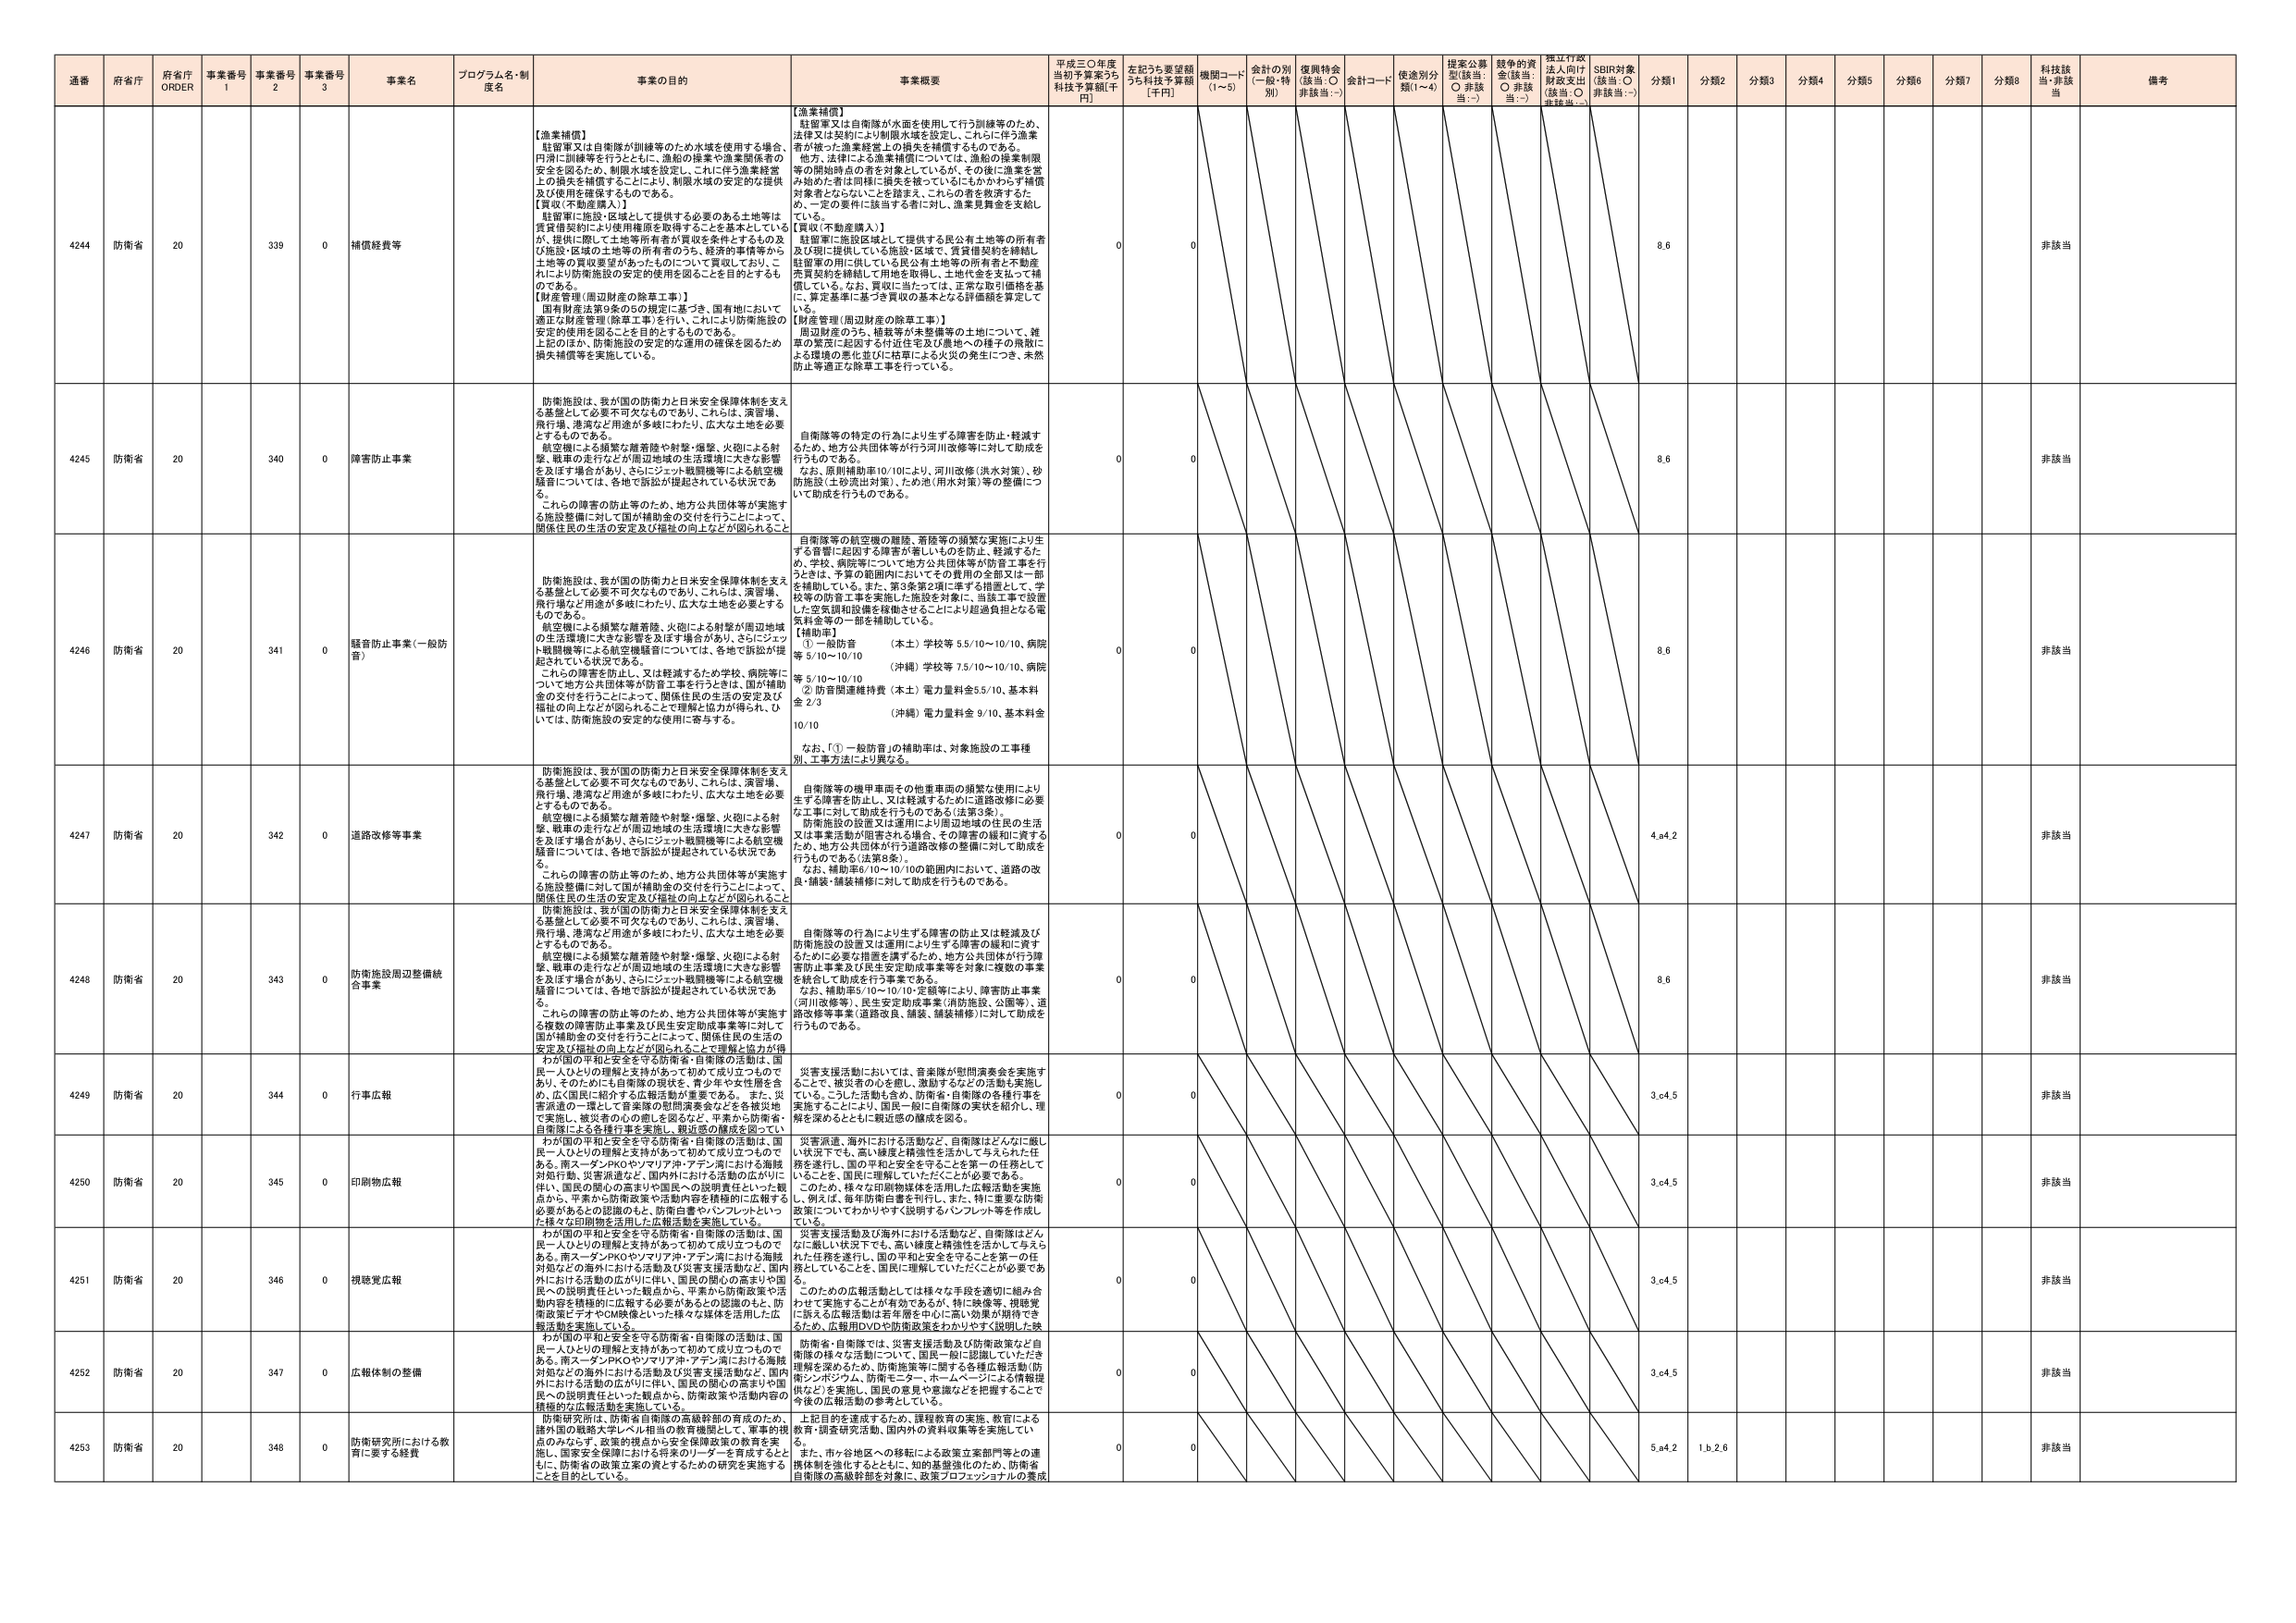
通番 府省庁 府省庁 ORDER 事業番号 1 事業番号 2 事業番号 3 事業名 プログラム名・制度名 事業の目的 事業概要 平成三〇年度当初予算案うち 科技予算額[千円] 左記うち要望額うち科技予算額 [千円] 機関コード (1～5) 会計の別 (一般・特別) 復興特会 (該当：○ 非該当：-) 会計コード 使途別分類(1～4) 提案公募型(該当：○ 非該当：-) 競争的資金(該当：○ 非該当：-) 捏江行政法上向け財政支出(該当：○ 非該当：-) SDBI対象(該当：○ 非該当：-) 分類1 分類2 分類3 分類4 分類5 分類6 分類7 分類8 科技該当・非該当 備考

4244 防衛省 20 339 0 補償経費等 【漁業補償】 軽迎軍又は自衛隊が訓練等のため水域を使用する場合、 円滑に訓練等を行うとともに、漁船の操業や漁業関係者の 安全を図るため、制限水域を設定し、これに伴う漁業経営 上の損失を補償することにより、制限水域の安定的な提供 及び使用を確保するものである。 【買収(不動産購入)】 駐留軍に施設・区域として提供する必要のある土地等は 賃貸借契約により使用権原を取得することを基本としている が、提供に際して土地等所有者が買収を条件とするもの及 び施設・区域の土地等が所有者のうち、経済的事情等から 土地等の買収要望があったものについて買収しており、こ れにより防衛施設の安定的使用を図ることを目的とするも のである。 【財産管理(周辺財産の除草工事)】 国有財産法第8条の5の規定に基づき、国有地において 適正な財産管理(除草工事)を行い、これにより防衛施設の 安定的使用を図ることを目的とするものである。 上記のほか、防衛施設の安定的な運用の確保を図るため 損失補償等を実施している。 【漁業補償】 駐留軍又は自衛隊が水面を使用して行う訓練等のため、 法律又は契約により制限水域を設定し、これに伴う漁業 者が被った漁業経営上の損失を補償するものである。 他方、法律による漁業補償については、漁船の操業制限 等の開始時点の者を対象としているが、その後に漁業を営 み始めた者は同様に損失を被っているにもかかわらず補償 対象者とならないことを踏まえ、これらの者を救済するた め、一定の要件に該当する者に対し、漁業見舞金を支給し ている。 【買収(不動産購入)】 駐留軍に施設区域として提供する民公有土地等の所有者 又は現に提供している施設・区域で、賃貸借契約を締結し、 駐留軍が用いている民公有土地等の所有者と不動産 売買契約を締結して用地を取得し、土地代金を支払って補 償している。なお、買収に当たっては、正常な取引価格を基 に、算定基準に基づき買収の基本となる評価額を算定して いる。 【財産管理(周辺財産の除草工事)】 周辺財産のうち、植栽等が未整備等の土地について、雑 草の繁茂に起因する付近住宅及び農地への種子の飛散に よる環境の悪化並びに枯草による火災の発生につき、未然 防止等適正な除草工事を行っている。 0 0 8.6 非該当

4245 防衛省 20 340 0 障害防止事業 防衛施設は、我が国の防衛力と日米安全保障体制を支え る基盤として必要不可欠なものであり、これらは、演習場、 飛行場、港湾など用途が多岐にわたり、広大な土地を必要 とするものである。 航空機による頻繁な離着陸や射撃・爆撃、火砲による射 撃、戦車の走行などが周辺地域の生活環境に大きな影響 を及ぼす場合があり、さらにジェット戦闘機等による航空機 騒音については、各地で訴訟が提起されている状況であ る。 これらの障害の防止等のため、地方公共団体等が実施す る施設整備に対して国の補助金の交付を行うことによって、 関係住民の生活の安定及び福祉の向上などが図られること 防衛施設は、我が国の防衛力と日米安全保障体制を支え る基盤として必要不可欠なものであり、これらは、演習場、 飛行場、港湾など用途が多岐にわたり、広大な土地を必要 とするものである。 航空機による頻繁な離着陸や射撃・爆撃、火砲による射 撃、戦車の走行などが周辺地域の生活環境に大きな影響 を及ぼす場合があり、さらにジェット戦闘機等による航空機 騒音については、各地で訴訟が提起されている状況であ る。 これらの障害の防止等のため、地方公共団体等が実施す る施設整備に対して国の補助金の交付を行うことによって、 関係住民の生活の安定及び福祉の向上などが図られること 自衛隊等の特定の行為により生ずる障害を防止・軽減す るため、地方公共団体等が行う河川改修等に対して助成を 行うものである。 なお、原則補助率10/10により、河川改修(洪水対策)、砂 防施設(土砂流出対策)、ため池(用水対策)等の整備につ いての助成を行うものである。 0 0 8.6 非該当

4246 防衛省 20 341 0 騒音防止事業(一般防音) 防衛施設は、我が国の防衛力と日米安全保障体制を支え る基盤として必要不可欠なものであり、これらは、演習場、 飛行場など用途が多岐にわたり、広大な土地を必要とする ものである。 航空機による頻繁な離着陸、火砲による射撃が周辺地域 の生活環境に大きな影響を及ぼす場合があり、さらにジェッ ト戦闘機等による航空機騒音については、各地で訴訟が提 起されている状況である。 これらの障害を防止し、又は軽減するため学校、病院等に ついて地方公共団体等が防音工事を行うときは、国が補助 金の交付を行うことによって、関係住民の生活の安定及び 福祉の向上などが図られることを理解と協力が得られ、ひ いては、防衛施設の安定的な使用に寄与する。 自衛隊等の航空機の離陸、着陸等の頻繁な実施により生 ずる音響に起因する障害が著しいものを防止、軽減するた め、学校、病院等について地方公共団体等が防音工事を行 うときは、予算の範囲内においてその費用の全部又は一部 を補助している。また、第3条第2項に準ずる措置として、学 校等の防音工事を実施した施設を対象に、当該工事で設置 した空気調和設備を稼働させることにより超過負担となる電 気料金等の一部を補助している。 【補助率】 ① 一般防音 (本土) 学校等 5.5/10～10/10、病院 等 6/10～10/10 (沖縄) 学校等 7.5/10～10/10、病院 等 5/10～10/10 ② 防音関連維持費 (本土) 電力量料金5.5/10、基本料 金 2/3 (沖縄) 電力量料金 9/10、基本料金 10/10 なお、「①一般防音」の補助率は、対象施設の工事種 別、工事方法により異なる。 0 0 8.6 非該当

4247 防衛省 20 342 0 道路改修等事業 防衛施設は、我が国の防衛力と日米安全保障体制を支え る基盤として必要不可欠なものであり、これらは、演習場、 飛行場、港湾など用途が多岐にわたり、広大な土地を必要 とするものである。 航空機による頻繁な離着陸や射撃・爆撃、火砲による射 撃、戦車の走行などが周辺地域の生活環境に大きな影響 を及ぼす場合があり、さらにジェット戦闘機等による航空機 騒音については、各地で訴訟が提起されている状況であ る。 これらの障害の防止等のため、地方公共団体等が実施す る施設整備に対して国の補助金の交付を行うことによって、 関係住民の生活の安定及び福祉の向上などが図られること 防衛施設は、我が国の防衛力と日米安全保障体制を支え る基盤として必要不可欠なものであり、これらは、演習場、 飛行場、港湾など用途が多岐にわたり、広大な土地を必要 とするものである。 航空機による頻繁な離着陸や射撃・爆撃、火砲による射 撃、戦車の走行などが周辺地域の生活環境に大きな影響 を及ぼす場合があり、さらにジェット戦闘機等による航空機 騒音については、各地で訴訟が提起されている状況であ る。 これらの障害の防止等のため、地方公共団体等が実施す る施設整備に対して国の補助金の交付を行うことによって、 関係住民の生活の安定及び福祉の向上などが図られること 自衛隊等の機甲車両その他重車両の頻繁な使用により 生ずる障害を防止し、又は軽減するために道路改修に必要 な工事に対して助成を行うものである(法第8条)。 防衛施設の設置又は運用により生ずる障害の緩和に必要 な工事等を実施するため、地方公共団体が行う道路改修等事業に対して助成を行うものである。 なお、補助率6/10～10/10の範囲内において、道路の改 良・舗装・舗装補修に対して助成を行うものである。 0 0 4.4.2 非該当

4248 防衛省 20 343 0 防衛施設周辺整備統合事業 防衛施設は、我が国の防衛力と日米安全保障体制を支え る基盤として必要不可欠なものであり、これらは、演習場、 飛行場、港湾など用途が多岐にわたり、広大な土地を必要 とするものである。 航空機による頻繁な離着陸や射撃・爆撃、火砲による射 撃、戦車の走行などが周辺地域の生活環境に大きな影響 を及ぼす場合があり、さらにジェット戦闘機等による航空機 騒音については、各地で訴訟が提起されている状況であ る。 これらの障害の防止等のため、地方公共団体等が実施す る複数の障害防止事業及び民生安定助成事業等に対して 国が補助金の交付を行うことによって、関係住民の生活の 安定及び福祉の向上などが図られることを理解と協力が得 られることを理解と協力が得られる。 自衛隊等の行為により生ずる障害の防止又は軽減及び 防衛施設の設置又は運用により生ずる障害の緩和に資す るために必要な措置を講ずるため、地方公共団体が行う障 害防止事業及び民生安定助成事業等を対象に複数の事業 を統合して助成を行う事業である。 なお、補助率5/10～10/10で銀等により、障害防止事業 (河川改修等)、民生安定助成事業(消防施設、公園等)、道 路改修等事業(道路改良、舗装、舗装補修)に対して助成を 行うものである。 0 0 8.6 非該当

4249 防衛省 20 344 0 行事広報 我が国の平和と安全を守る防衛省・自衛隊の活動は、国 民一人ひとりの理解と支持があって初めて成り立つもので あり、そのためにも自衛隊の現状を、青少年や女性層を含 め、広く国民に紹介する広報活動が重要である。 また、災 害派遣の一環として音楽隊の慰問演奏会などを各被災地 で実施し、被災者の心の癒しを図るなど、平素から防衛省・ 自衛隊による各種行事を実施し、親近感の醸成を図ってい る。 災害支援活動においては、音楽隊が慰問演奏会を実施す ることで、被災者の心を癒し、激励するなどの活動も実施し ている。こうした活動も含め、防衛省・自衛隊の各種行事を 実施することにより、国民一般に自衛隊の実状を紹介し、理 解を深めるとともに親近感の醸成を図る。 0 0 3.6.4.5 非該当

4250 防衛省 20 345 0 印刷物広報 我が国の平和と安全を守る防衛省・自衛隊の活動は、国 民一人ひとりの理解と支持があって初めて成り立つもので ある。南スーダンPKOやソマリア沖・アデン湾における海賊 対処などの海外における活動及び災害支援活動など、国内 外における活動の広がりに伴い、国民の関心の高まりや国 民への説明責任といった観点から、平素から防衛政策や活 動内容を積極的に広報する必要があるとの認識のもと、防 衛省広報マテリアルCM映像といった様々な媒体を活用した広 報活動を実施している。 災害派遣、海外における活動など、自衛隊はどんなに厳し い状況下でも、高い機度と精強性を活かして与えられた任 務を遂行し、国の平和と安全を守ることを第一の任務として いることを、国民に理解していただくことが必要である。 このため、様々な印刷物媒体を活用した広報活動を実施 し、例えば、毎年防衛白書を刊行し、また、特に重要な防衛 政策についてわかりやすく説明するパンフレット等を作成し ている。 0 0 3.6.4.5 非該当

4251 防衛省 20 346 0 視聴覚広報 我が国の平和と安全を守る防衛省・自衛隊の活動は、国 民一人ひとりの理解と支持があって初めて成り立つもので ある。南スーダンPKOやソマリア沖・アデン湾における海賊 対処などの海外における活動及び災害支援活動など、国内 外における活動の広がりに伴い、国民の関心の高まりや国 民への説明責任といった観点から、平素から防衛政策や活 動内容を積極的に広報する必要があるとの認識のもと、防 衛省広報マテリアルCM映像といった様々な媒体を活用した広 報活動を実施している。 災害支援活動及び海外における活動など、自衛隊はどんな に厳しい状況下でも、高い機度と精強性を活かして与えら れた任務を遂行し、国の平和と安全を守ることを第一の任 務としていることを、国民に理解していただくことが必要であ る。 このための広報活動としては様々な手段を適切に組み合 わせて実施することが有効であるが、特に映像等、視聴覚 に訴える広報活動は若年層を中心に高い効果が期待でき るため、広報用DVDや防衛政策をわかりやすく説明した映 0 0 3.6.4.5 非該当

4252 防衛省 20 347 0 広報体制の整備 我が国の平和と安全を守る防衛省・自衛隊の活動は、国 民一人ひとりの理解と支持があって初めて成り立つもので ある。南スーダンPKOやソマリア沖・アデン湾における海賊 対処などの海外における活動及び災害支援活動など、国内 外における活動の広がりに伴い、国民の関心の高まりや国 民への説明責任といった観点から、防衛政策や活動内容の 積極的な広報活動を実施している。 防衛省・自衛隊では、災害支援活動及び防衛政策など自 衛隊の様々な活動について、国民一般に説明していただき 理解を深めるため、防衛施策等に関する各種広報活動(防 衛シンポジウム、防衛モニター、ホームページによる情報提 供など)を実施し、国民の意見や意識などを把握することで 今後の広報活動の参考にしている。 0 0 3.6.4.5 非該当

4253 防衛省 20 348 0 防衛研究所における教育に要する経費 防衛研究所は、防衛省自衛隊の高級幹部の育成のため、 諸外国の戦略大学レベル相当の教育機関として、軍事的的視 点のみならず、政策的視点から安全保障政策の教育を実 施し、国家安全保障における将来のリーダーを育成するとと もに、防衛省の政策立案の資とするための研究を実施する ことを目的としている。 上記目的を達成するため、課程教育の実施、教官による 教育・調査研究活動、国内外の資料収集等を実施してい る。 また、市ヶ谷地区への移転による政策立案部門等との連 携体制を強化するとともに、知的基盤強化のため、防衛省 自衛隊の高級幹部を対象に、政策プロフェッショナルの養成 0 0 5.4.2 1.b.2.6 非該当